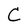
Character: C